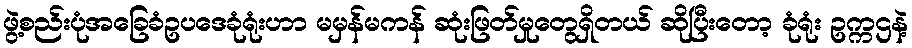
ဖွဲ့စည်းပုံအခြေခံဥပဒေခုံရုံးဟာ မမှန်မကန် ဆုံးဖြတ်မှုတွေရှိတယ် ဆိုပြီးတော့ ခုံရုံး ဥက္ကဌနဲ့